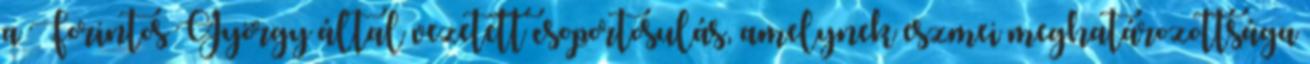
a Forintos György által vezetett csoportosulás, amelynek eszmei meghatározottsága